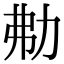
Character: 㔗